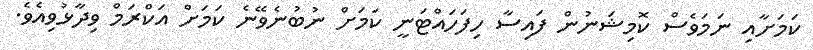
ކަމަށާއި ނަމަވެސް ކޮމިޝަނުން ފައިސާ ހިފަހައްޓަނީ ކަމަށް ނުބުނެވޭނެ ކަމަށް އަކްރަމް ވިދާޅުވިއެވެ.